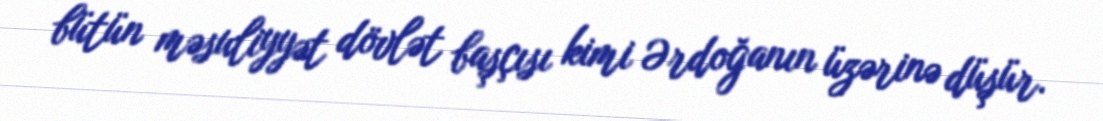
bütün məsuliyyət dövlət başçısı kimi Ərdoğanın üzərinə düşür.